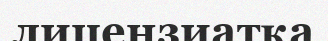
лицензиатқа